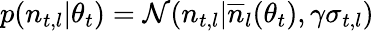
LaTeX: \begin{array}{r}{p(n_{t,l}|\theta_{t})=\mathcal{N}(n_{t,l}|\overline{{n}}_{l}(\theta_{t}),\gamma\sigma_{t,l})}\end{array}